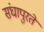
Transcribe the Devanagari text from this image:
संघापुरते